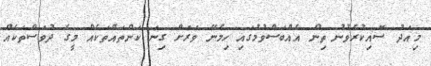
މިއަދު ސޮއިކުރެވުނު ތިން އެއްބަސްވުމުގައި ހިމެނޭ ވަރަށް ގިނަ ކަންތައްތަކެއް މީގެ ދުވަސްތަކެއް